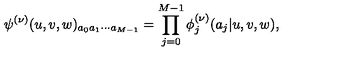
\psi ^ { ( \nu ) } ( u , v , w ) _ { a _ { 0 } a _ { 1 } \cdots a _ { M - 1 } } = \prod _ { j = 0 } ^ { M - 1 } \phi _ { j } ^ { ( \nu ) } ( a _ { j } | u , v , w ) ,